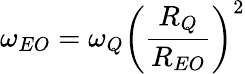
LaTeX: {\omega}_{EO}={\omega}_{Q}\left({\frac{R_{Q}}{R_{EO}}}\right)^{2}